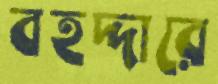
বহদ্দারে